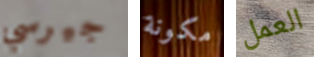
جيرسي مكونة العمل